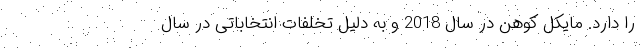
را دارد. مایکل کوهن در سال 2018 و به دلیل تخلفات انتخاباتی در سال